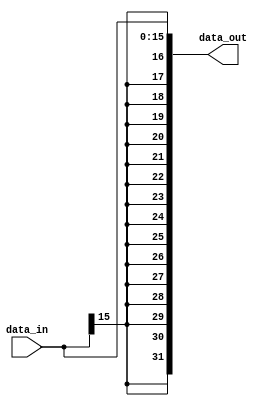
module SIGN_EXTEND
#(
    parameter OUTPUT_WIDTH = 32,
    parameter INPUT_WIDTH = 16
) (
    input wire [INPUT_WIDTH - 1 : 0] data_in,
    output wire [OUTPUT_WIDTH - 1 : 0] data_out
);

assign data_out = {{(OUTPUT_WIDTH - INPUT_WIDTH) {data_in[INPUT_WIDTH - 1]}}, data_in[INPUT_WIDTH - 1 : 0]};

endmodule